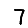
Digit: 7